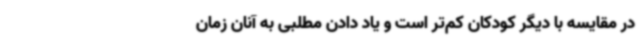
در مقایسه با دیگر کودکان کم‌تر است و یاد دادن مطلبی به آنان زمان